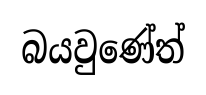
බයවුණේත්